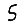
Digit: 5